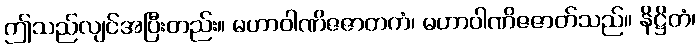
ဤသည်လျင်အပြီးတည်း။ မဟာဝါဏိဇဇာတကံ၊ မဟာဝါဏိဇဇာတ်သည်။ နိဋ္ဌိတံ၊